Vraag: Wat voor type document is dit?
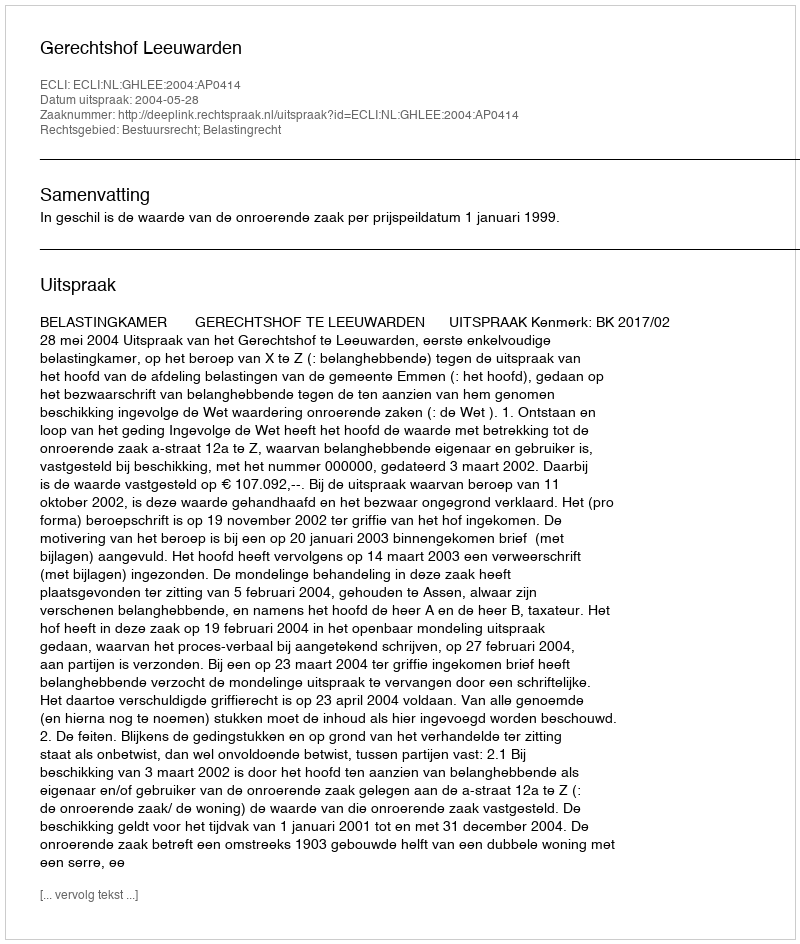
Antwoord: Uitspraak